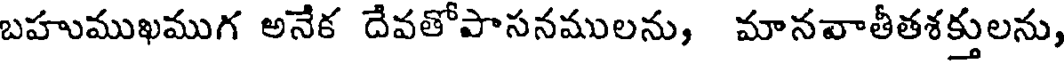
బహుముఖముగ అనేక దేవతోపాసనములను, మానవాతీతశక్తులను,